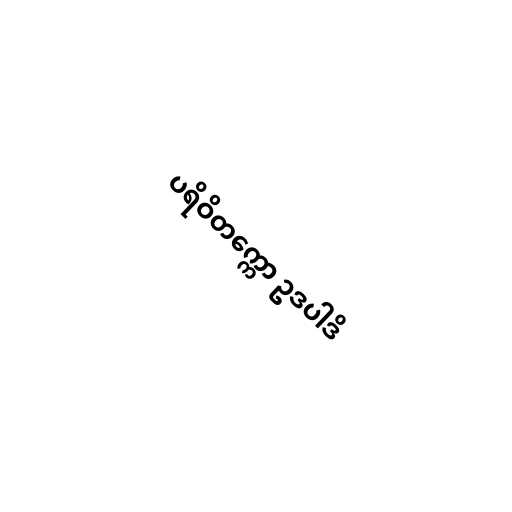
ပရိဝိတက္ကော ဥဒပါဒိ